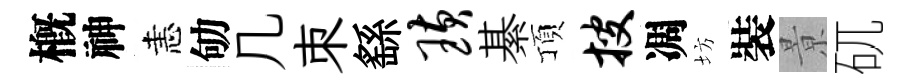
槪神恚劬几朿繇璜綦頂搜凋坊裝㬌矹